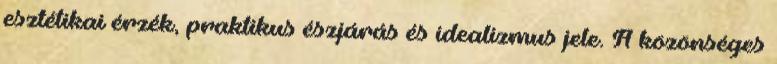
esztétikai érzék, praktikus észjárás és idealizmus jele. A közönséges